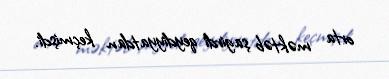
orta məktəb şagirdi qeydiyyatdan keçmişdi.